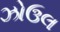
ઝોઉલ